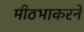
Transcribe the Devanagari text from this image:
मीठभाकरने